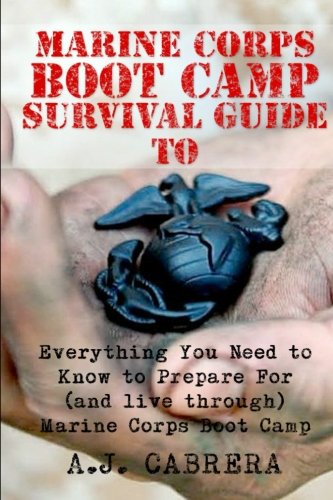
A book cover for Marine Corps Boot Camp Survival Guide: Everything You Need To Know To Prepare For (And Live Through) Marine Corps Boot Camp; A. J. Cabrera; Reference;